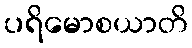
ပရိမောစယာတိ